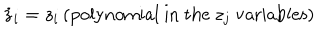
{ \dot { z } } _ { i } = z _ { i } \, ( \mathrm { p o l y n o m i a l ~ i n ~ t h e ~ } z _ { j } \mathrm { ~ v a r i a b l e s } )